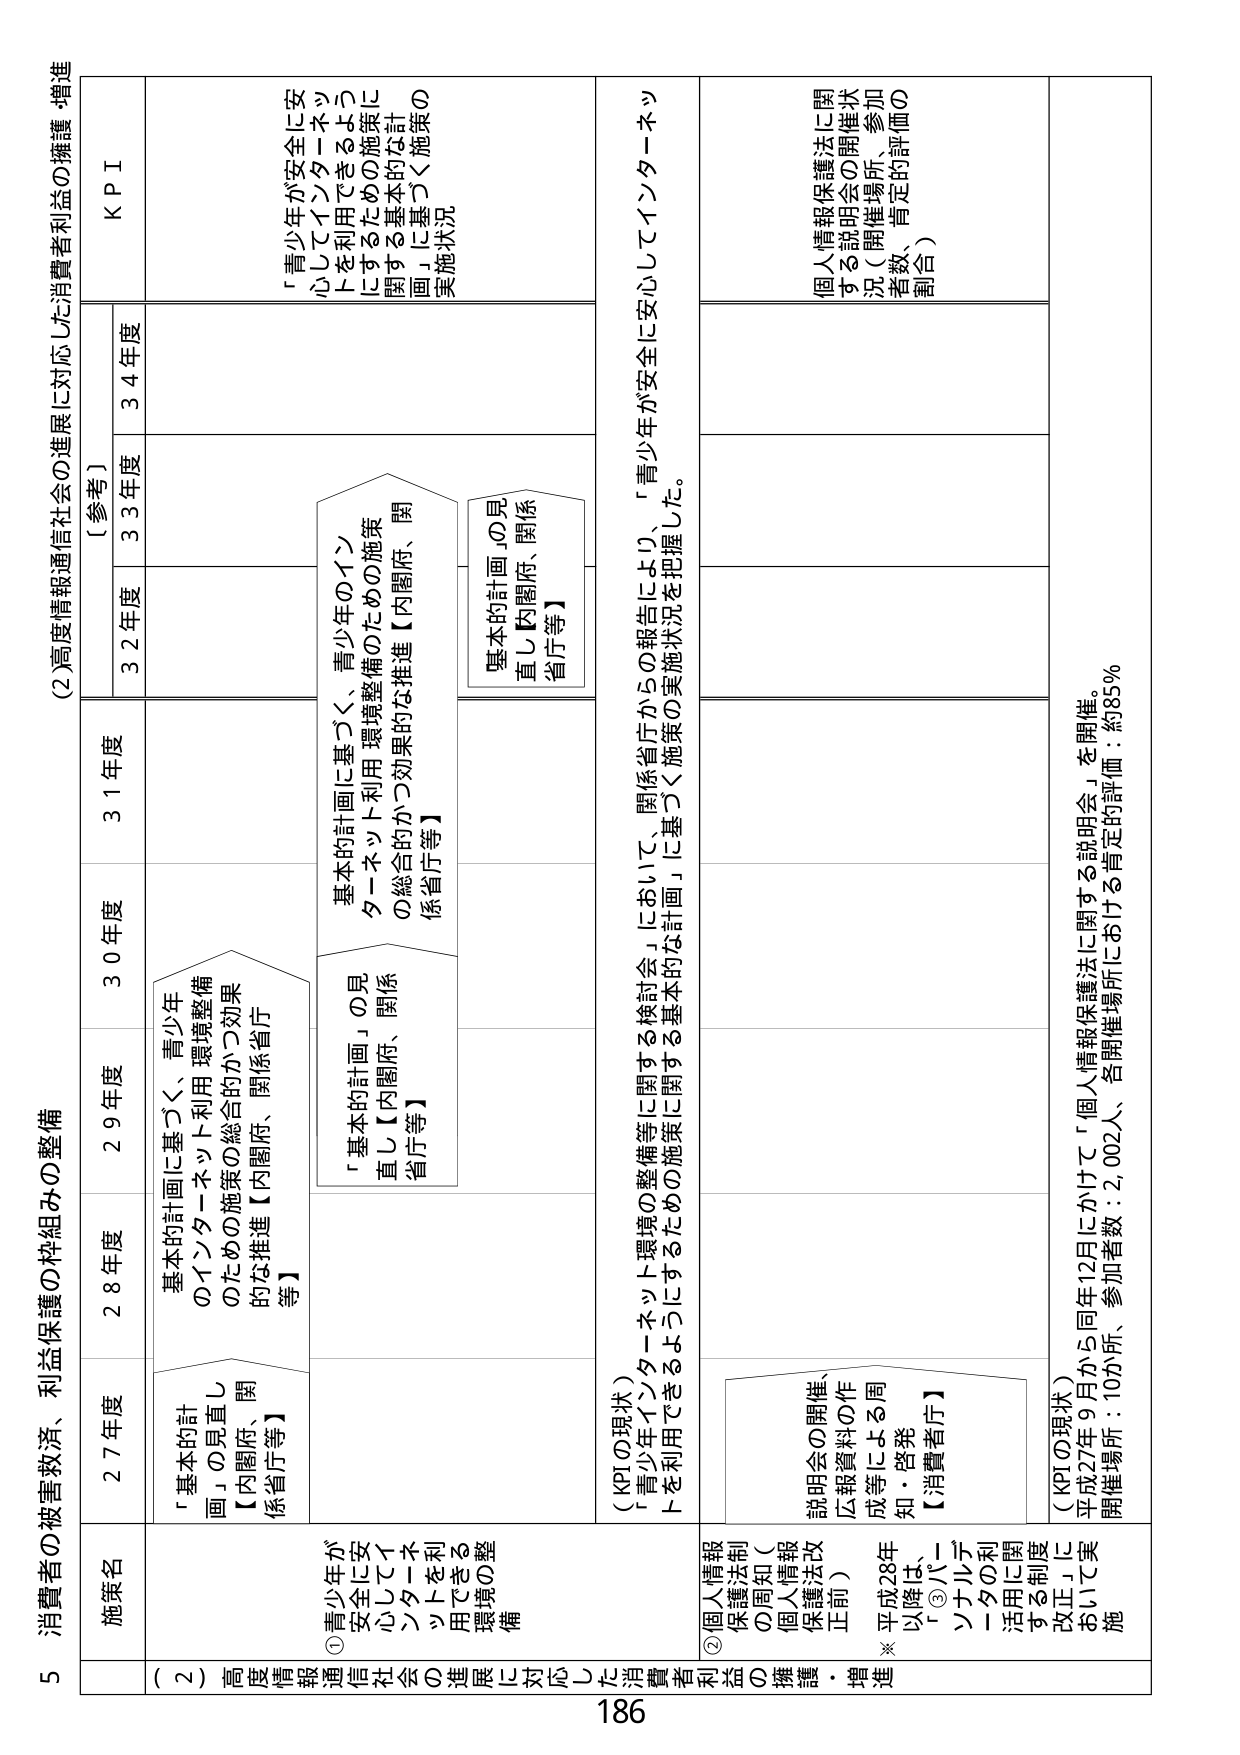
5 消費者の被害救済、利益保護の枠組みの整備

(2) 高度情報通信社会の進展に対応した消費者利益の擁護・増進

施策名
27年度
28年度
29年度
30年度
31年度
32年度
33年度
34年度
KPI
[参考]

(2) 高度情報通信社会の進展に対応した消費者利益の擁護・増進

① 青少年が安全に安心してインターネットを利用できる環境の整備
「基本的計画」の見直し【内閣府、関係省庁等】
基本的計画に基づく、青少年のインターネット利用環境整備のための施策の総合的かつ効果的な推進【内閣府、関係省庁等】
基本的計画に基づく、青少年のインターネット利用環境整備のための施策に関する基本的な計画」に基づく施策の実施状況

② 個人情報保護法制の周知（個人情報保護法改正前）
説明会の開催、広報資料の作成等による周知・啓発【消費者庁】
※ 平成28年以降は、「③パーソナルデータの利用に関する制度改正」において実施
(KPIの現状)
「青少年インターネット利用できるようになるための施策に関する検討会」において、関係省庁からの報告により、「青少年が安全に安心してインターネットを利用できるようになるための施策の実施状況を把握した。
(KPIの現状)
平成27年9月から同年12月にかけて「個人情報保護法に関する説明会」を開催。
開催場所：10か所、参加者数：2,002人、各開催場所における肯定的評価：約85％
個人情報保護法に関する説明会の開催状況（開催場所、参加者数、肯定的評価の割合）